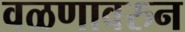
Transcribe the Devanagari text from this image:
वळणावरुन